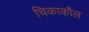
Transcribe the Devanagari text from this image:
चिकाकौल